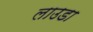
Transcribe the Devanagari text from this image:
लाउडा